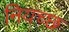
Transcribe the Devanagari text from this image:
नियच्छ